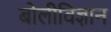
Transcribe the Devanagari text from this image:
बोलीविज्ञान